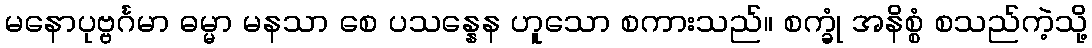
မနောပုဗ္ဗင်္ဂမာ ဓမ္မာ မနသာ စေ ပသန္နေန ဟူသော စကားသည်။ စက္ခုံ အနိစ္စံ စသည်ကဲ့သို့